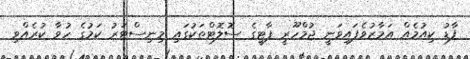
ފާޑު ކިއުމެއް އަމާޒުވެފައިވަނީ ޖުމްހޫރީ ޕާޓީގެ ސޮލޮޓްތަކުގައި މިނިސްޓަރު ކަމުގެ ހުވާ ކުރެއްވި